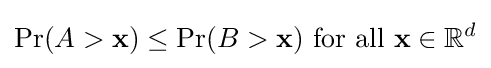
\Pr(A>\mathbf {x} )\leq \Pr(B>\mathbf {x} ){\text{ for all }}\mathbf {x} \in \mathbb {R} ^{d}